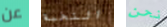
عن النخبة نحن